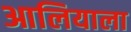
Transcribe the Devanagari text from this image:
आलियाला